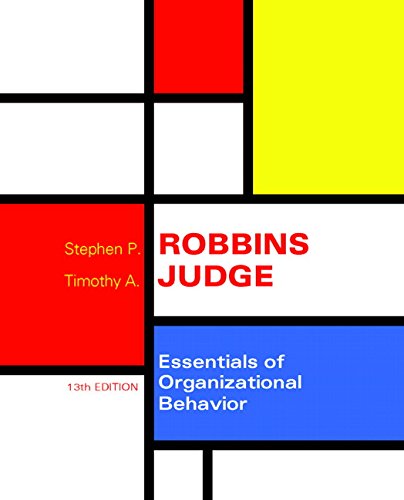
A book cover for Essentials of Organizational Behavior (13th Edition); Stephen P. Robbins; Business & Money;